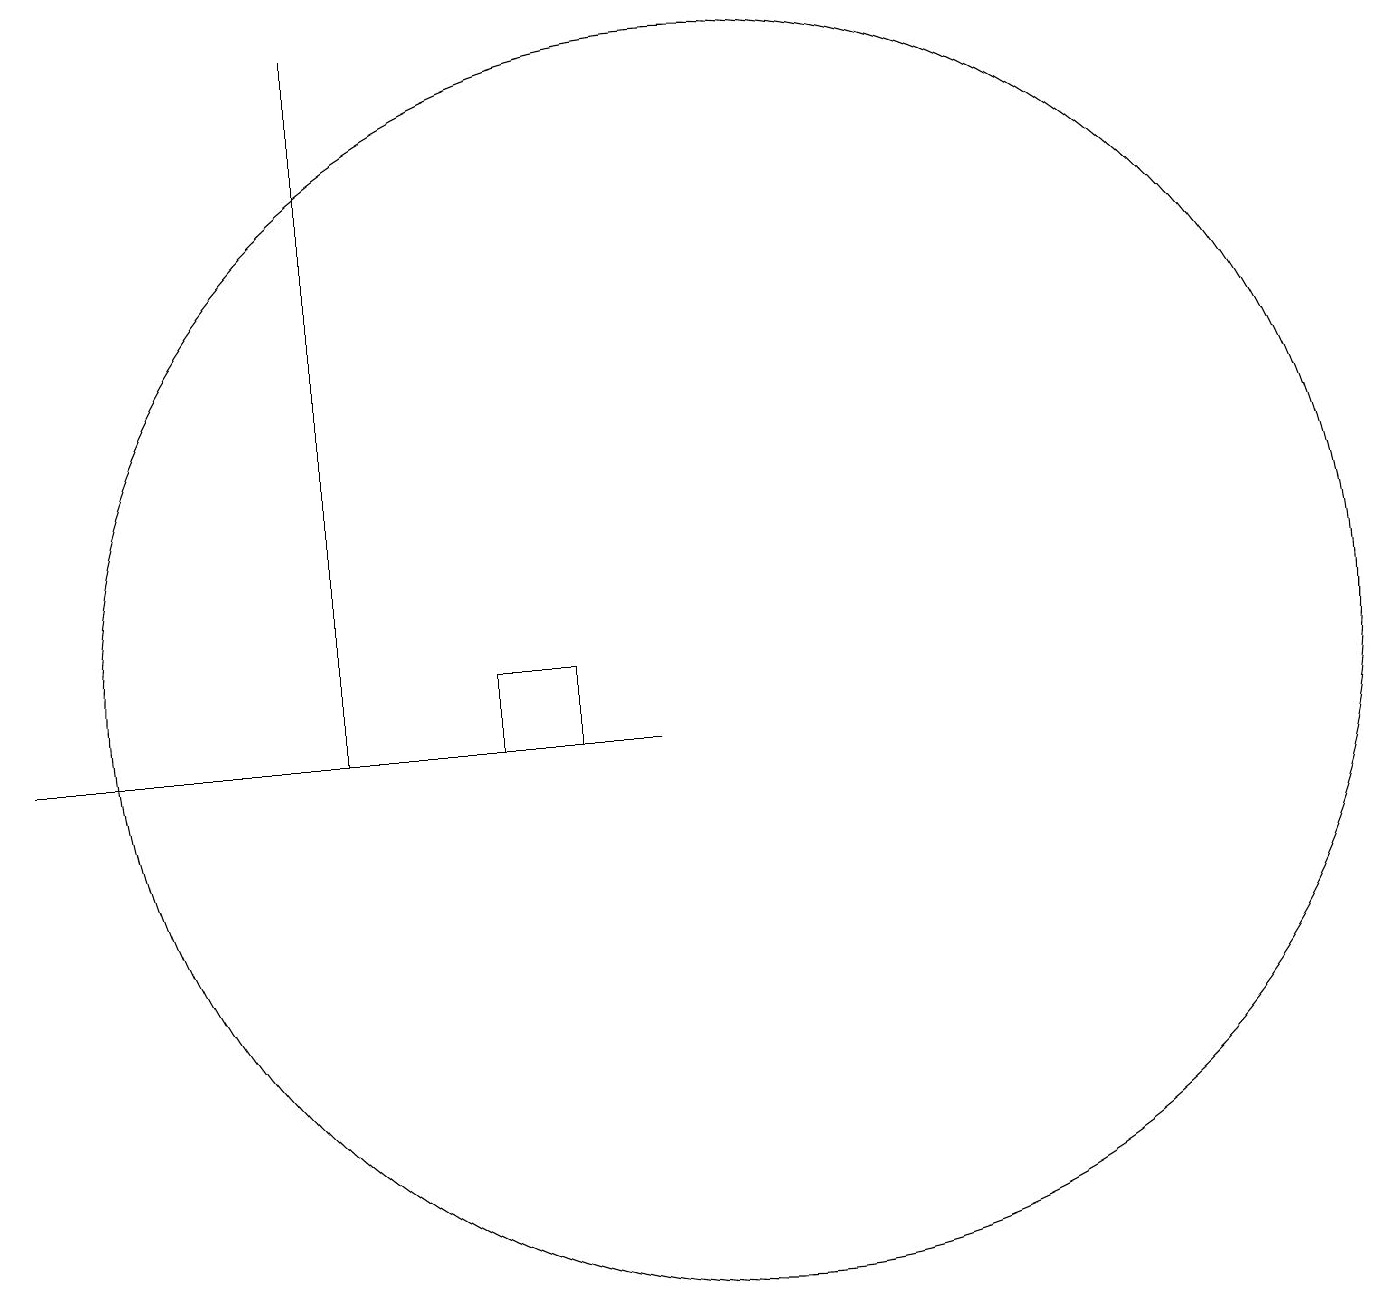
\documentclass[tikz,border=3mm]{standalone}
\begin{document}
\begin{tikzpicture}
\draw (8,10) rectangle (7,11);
\draw (10,11) circle (8);
\draw (1,10) rectangle (9,10);
\draw (5,10) rectangle (5,19);
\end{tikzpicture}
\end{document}